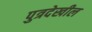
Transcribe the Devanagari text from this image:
पुत्रदेखील